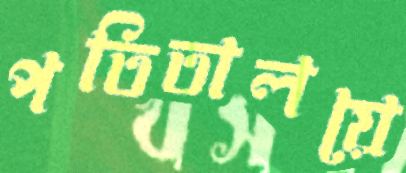
পতিতালয়ে